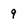
Character: 9